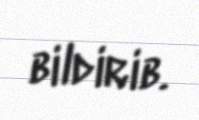
bildirib.